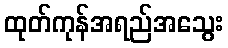
ထုတ်ကုန်အရည်အသွေး